Senior Leaving Certificate Examination (including Day School Certificate (Higher) General paper), 1946
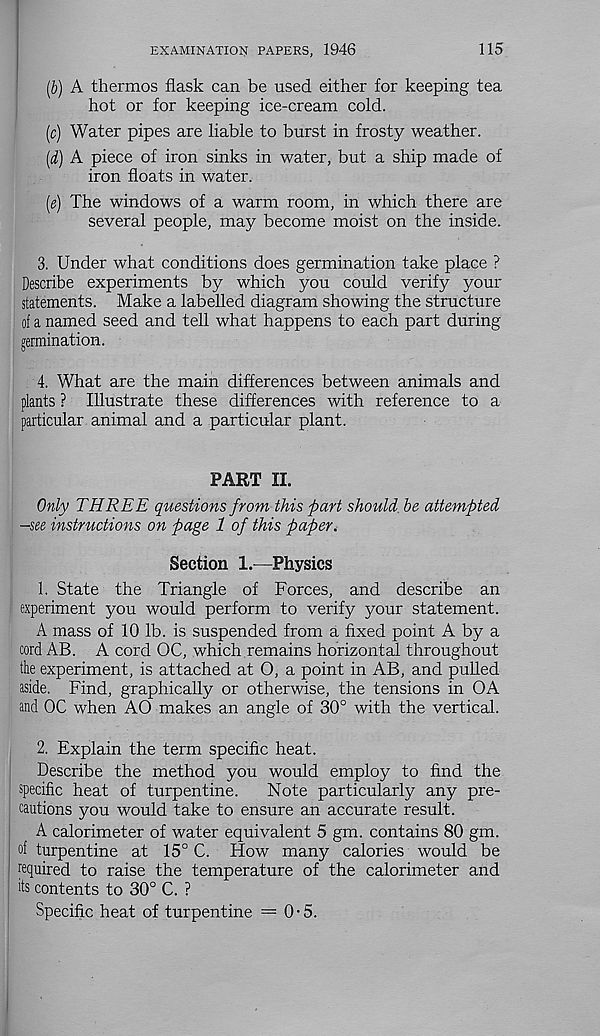
EXAMINATION PAPERS, 1946
115
(5) A thermos flask can be used either for keeping tea
hot or for keeping ice-cream cold.
(c) Water pipes are liable to burst in frosty weather.
(d) A piece of iron sinks in water, but a ship made of
iron floats in water.
(e) The windows of a warm room, in which there are
several people, may become moist on the inside.
3. Under what conditions does germination take place ?
Describe experiments by which you could verify your
statements. Make a labelled diagram showing the structure
of a named seed and tell what happens to each part during
germination.
4. What are the main differences between animals and
plants ? Illustrate these differences with reference to a
particular animal and a particular plant.
PART II.
Only THREE questions from this part should, be attempted
-see instructions on page 1 of this paper.
Section 1.—Physics
1. State the Triangle of Forces, and describe an
experiment you would perform to verify your statement.
A mass of 10 lb. is suspended from a fixed point A by a
cord AB. A cord OC, which remains horizontal throughout
the experiment, is attached at O, a point in AB, and pulled
aside. Find, graphically or otherwise, the tensions in OA
and OC when AO makes an angle of 30° with the vertical.
2. Explain the term specific heat.
Describe the method you would employ to find the
specific heat of turpentine.
Note particularly any pre-
cautions you would take to ensure an accurate result.
A calorimeter of water equivalent 5 gm. contains 80 gm.
of turpentine at 15° C. How many calories would be
required to raise the temperature of the calorimeter and
its contents to 30° C. ?
Specific heat of turpentine =0-5.